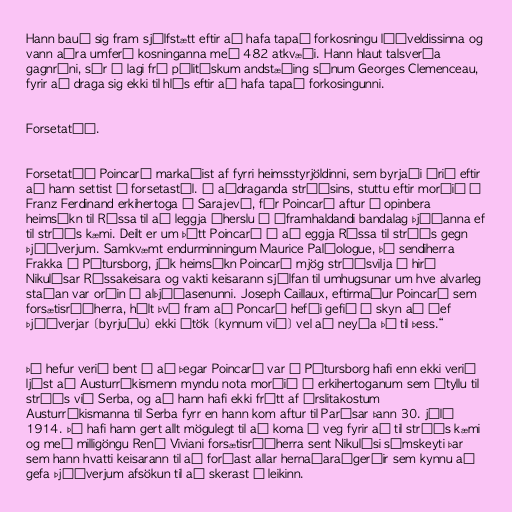
Hann bauð sig fram sjálfstætt eftir að hafa tapað forkosningu lýðveldissinna og
vann aðra umferð kosninganna með 482 atkvæði. Hann hlaut talsverða
gagnrýni, sér í lagi frá pólitískum andstæðing sínum Georges Clemenceau,
fyrir að draga sig ekki til hlés eftir að hafa tapað forkosingunni.

Forsetatíð.

Forsetatíð Poincaré markaðist af fyrri heimsstyrjöldinni, sem byrjaði árið eftir
að hann settist á forsetastól. Í aðdraganda stríðsins, stuttu eftir morðið á
Franz Ferdinand erkihertoga í Sarajevó, fór Poincaré aftur í opinbera
heimsókn til Rússa til að leggja áherslu á áframhaldandi bandalag þjóðanna ef
til stríðs kæmi. Deilt er um þátt Poincaré í að eggja Rússa til stríðs gegn
Þjóðverjum. Samkvæmt endurminningum Maurice Paléologue, þá sendiherra
Frakka í Pétursborg, jók heimsókn Poincaré mjög stríðsvilja í hirð
Nikulásar Rússakeisara og vakti keisarann sjálfan til umhugsunar um hve alvarleg
staðan var orðin á alþjóðasenunni. Joseph Caillaux, eftirmaður Poincaré sem
forsætisráðherra, hélt því fram að Poncaré hefði gefið í skyn að „ef
Þjóðverjar [byrjuðu] ekki átök [kynnum við] vel að neyða þá til þess.“

Þó hefur verið bent á að þegar Poincaré var í Pétursborg hafi enn ekki verið
ljóst að Austurríkismenn myndu nota morðið á erkihertoganum sem átyllu til
stríðs við Serba, og að hann hafi ekki frétt af úrslitakostum
Austurríkismanna til Serba fyrr en hann kom aftur til Parísar þann 30. júlí
1914. Þá hafi hann gert allt mögulegt til að koma í veg fyrir að til stríðs kæmi
og með milligöngu René Viviani forsætisráðherra sent Nikulási símskeyti þar
sem hann hvatti keisarann til að forðast allar hernaðaraðgerðir sem kynnu að
gefa Þjóðverjum afsökun til að skerast í leikinn.